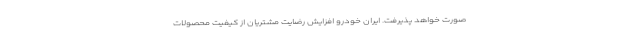
صورت خواهد پذیرفت. ایران خودرو افزایش رضایت مشتریان از کیفیت محصولات